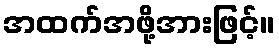
အထက်အဖို့အားဖြင့်။